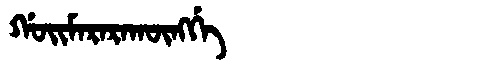
Manchu: ᡤᠣᡳᠮᠠᡵᠠᡵᠠᡴᡡᠩᡤᡝ
Romanization: GOIMARARAKŪNGGE